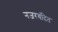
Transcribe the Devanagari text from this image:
नजरबंदित